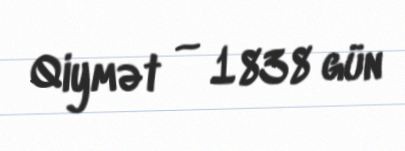
Qiymət — 1838 gün